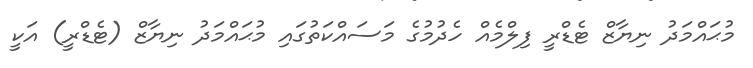
މުޙައްމަދު ނިޔާޒް ޓެޑްރީ ފިލްމެއް ހެދުމުގެ މަސައްކަތުގައި މުޙައްމަދު ނިޔާޒް (ޓެޑްރީ) އަކީ